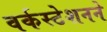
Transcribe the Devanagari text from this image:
वर्कस्टेशनने